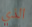
الذي